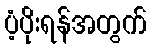
ပံ့ပိုးရန်အတွက်